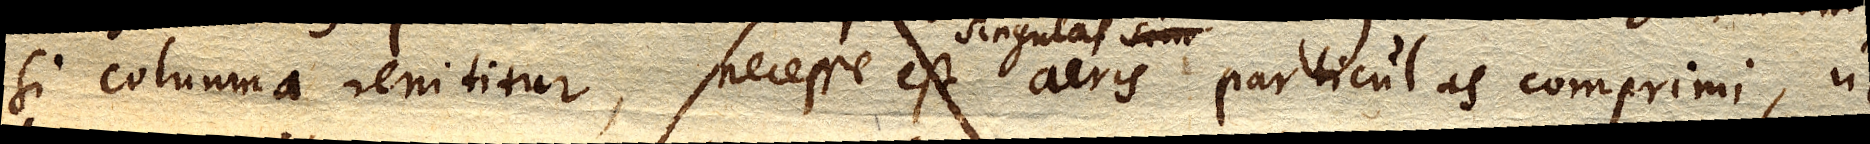
si columna renititur, necesse est singulas aeris particulas comprimi, ut